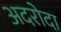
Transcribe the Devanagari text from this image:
अदरोदा